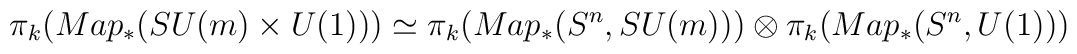
\pi_{k}(Map_{\ast}(SU(m)\times U(1))) \simeq \pi_{k}(Map_{\ast}(S^n,SU(m)))        \otimes \pi_{k}(Map_{\ast}(S^n,U(1)))